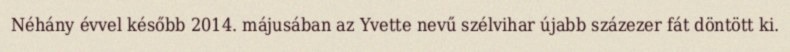
Néhány évvel később 2014. májusában az Yvette nevű szélvihar újabb százezer fát döntött ki.